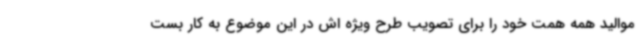
موالید همه همت خود را برای تصویب طرح ویژه اش در این موضوع به کار بست